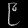
Digit: ၉